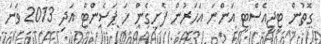
ގޮތުން ޓީޖީއެސްޓީ އަންނަ އަހަރުން ފެށިގެން ހަ ޕަސެންޓް އަދި 2013 ވަނަ